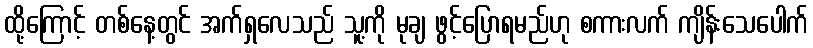
ထို့ကြောင့် တစ်နေ့တွင် အက်ရှလေသည် သူ့ကို မုချ ဖွင့်ပြောရမည်ဟု စကားလက် ကျိန်းသေပေါက်